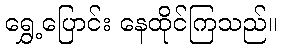
ရွှေ့ပြောင်း နေထိုင်ကြသည်။